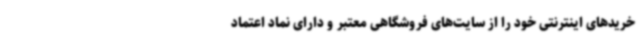
خریدهای اینترنتی خود را از سایت‌های فروشگاهی معتبر و دارای نماد اعتماد